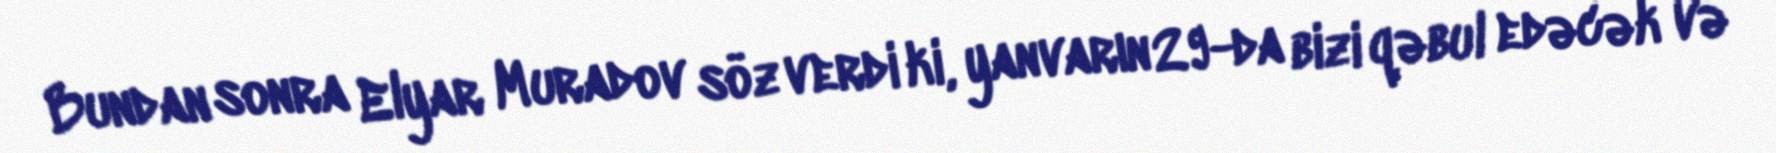
Bundan sonra Elyar Muradov söz verdi ki, yanvarın 29-da bizi qəbul edəcək və